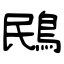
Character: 鴖